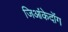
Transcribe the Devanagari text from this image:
जिआंकेदोंग